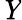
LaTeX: \mathit{Y}